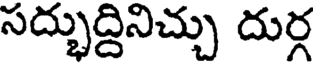
సద్భుద్దినిచ్చు దుర్గ